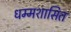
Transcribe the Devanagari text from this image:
धम्मशासित